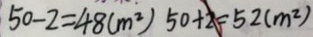
5 0 - 2 = 4 8 ( m ^ { 2 } ) 5 0 + 2 = 5 2 ( m ^ { 2 } )